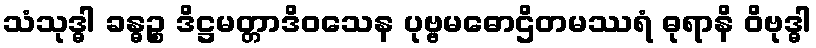
သံသုဒ္ဓါ ခန္ဓဉ္စ ဒိဋ္ဌမတ္တာဒိဝသေန ပုဗ္ဗမဓောဌိတမဿရံ ဓုရာနိ ဝိဗုဒ္ဓါ